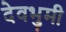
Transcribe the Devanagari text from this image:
देवभुमी